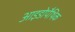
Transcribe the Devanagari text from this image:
आइडोपैथिक